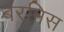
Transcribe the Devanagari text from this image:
बरमिस